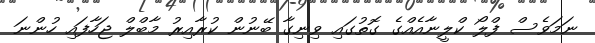
ނަމަވެސް ފްލޯ ކްލީނާއެއްގެ ގޮތުގައި ވިނިގާ ބޭނުން ކުރާއިރު މާބްލް ޖަހާފައި ހުންނަ